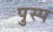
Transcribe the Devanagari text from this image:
पुस्प